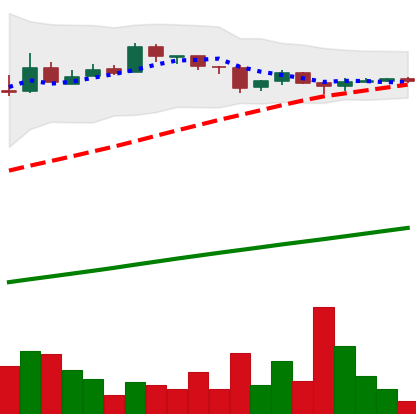
Ticker: BTC-USD
Chart end date: 2016-07-30
Forward return: -11.718%
Label: down_7plus